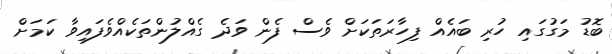
ބޮޑު މަގުގައި ހުރި ބައެއް ފިހާރަތަކަށް ވެސް ފެން ވަދެ ގެއްލުންތަކެއްވެފައިވާ ކަމަށް